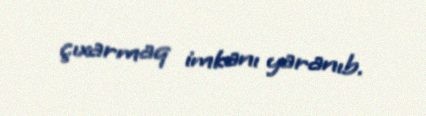
çıxarmaq imkanı yaranıb.